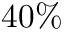
4 0 \%